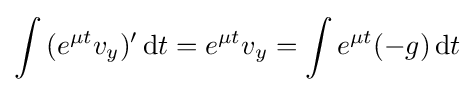
\int {(e^{\mu t}v_{y})^{\prime }\,\mathrm {d} t}=e^{\mu t}v_{y}=\int {e^{\mu t}(-g)\,\mathrm {d} t}